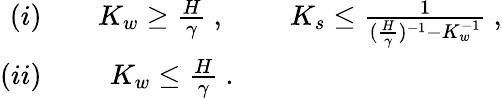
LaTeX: \begin{array}{rlrlr}{(i)}&{{}}&{K_{w}\ge\frac{H}{\gamma}~,~}&{{}}&{K_{s}\le\frac{1}{(\frac{H}{\gamma})^{-1}-K_{w}^{-1}}~,}\\ {(ii)}&{{}}&{K_{w}\le\frac{H}{\gamma}~.}\end{array}